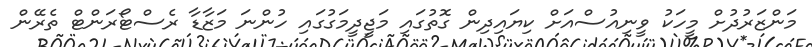
މަންޒަރުދުށް މީހަކު ވީނިއުސްއަށް ކިޔައިދިން ގޮތުގައި މަޖީދީމަގުގައި ހުންނަ މަޒާޑާ ރެސްޓޯރަންޓް ތެރޭން